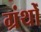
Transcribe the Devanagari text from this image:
ग्रंथोँ